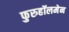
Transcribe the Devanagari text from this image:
फुरुहॉलमेन